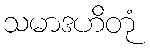
သမာဒဟိတုံ